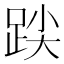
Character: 𮷒